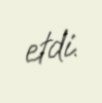
etdi.